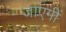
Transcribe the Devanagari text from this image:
जाएंगीं